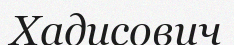
Хадисович